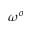
\omega ^ { o }